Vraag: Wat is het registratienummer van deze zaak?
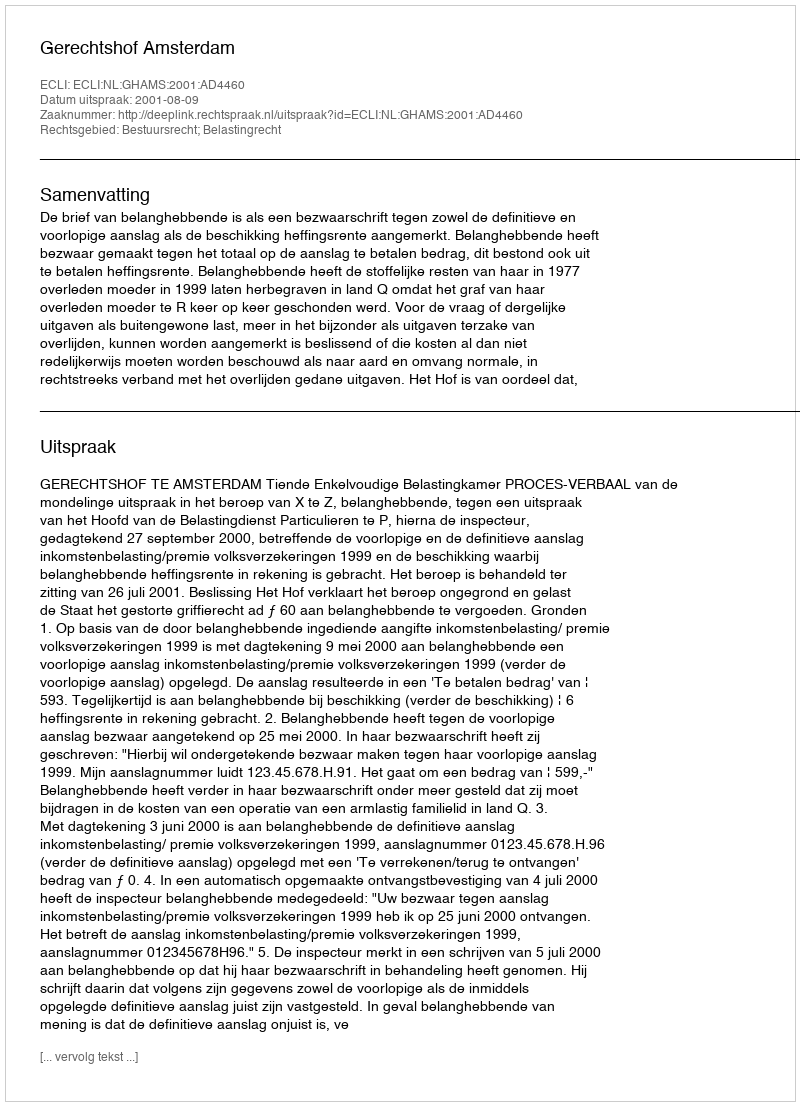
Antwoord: http://deeplink.rechtspraak.nl/uitspraak?id=ECLI:NL:GHAMS:2001:AD4460